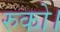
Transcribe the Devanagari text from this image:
रुको।